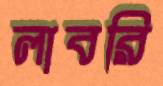
লাবরি